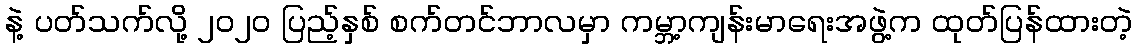
နဲ့ ပတ်သက်လို့ ၂၀၂၀ ပြည့်နှစ် စက်တင်ဘာလမှာ ကမ္ဘာ့ကျန်းမာရေးအဖွဲ့က ထုတ်ပြန်ထားတဲ့